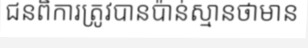
ជនពិការត្រូវបានប៉ាន់ស្មានថាមាន